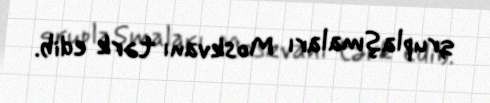
qruplaşmaları Moskvanı tərk edib.